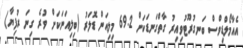
އެއާމޯލްޑިވްސް ބަނގުރޫޓުވިއިރު ގާތްގަނޑަކަށް 69.2 މިލިއަން ޑޮލަރު (ބިލިއަނަކަށް ވުރެ ގިނަ ރުފިޔާ)